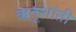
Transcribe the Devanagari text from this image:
ऋतूशांती